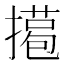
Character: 𢵖